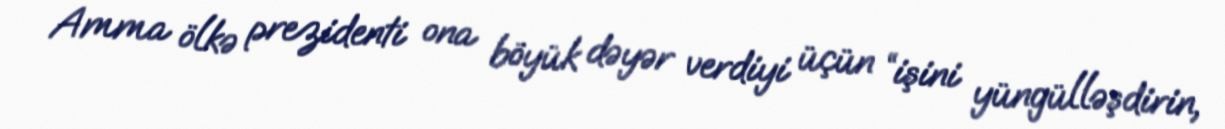
Amma ölkə prezidenti ona böyük dəyər verdiyi üçün “işini yüngülləşdirin,